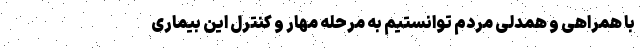
با همراهی و همدلی مردم توانستیم به مرحله مهار و کنترل این بیماری